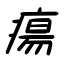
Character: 瘍